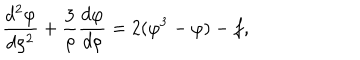
{ \frac { d ^ { 2 } \varphi } { d \rho ^ { 2 } } } + { \frac { 3 } { \rho } } { \frac { d \varphi } { d \rho } } = 2 ( \varphi ^ { 3 } - \varphi ) - f ,